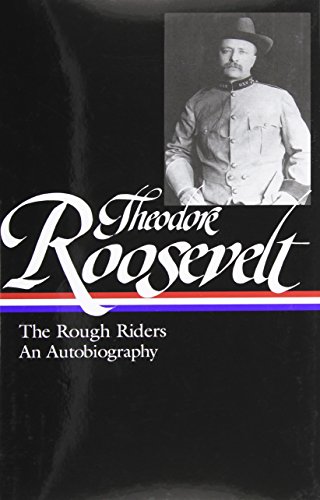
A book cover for Theodore Roosevelt: The Rough Riders/An Autobiography (Library of America); Theodore Roosevelt; History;